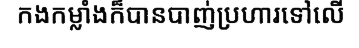
កងកម្លាំងក៏បានបាញ់ប្រហារទៅលើ